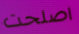
اصلحت